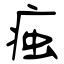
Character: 痋